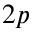
2 p